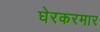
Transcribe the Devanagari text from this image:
घेरकरमार